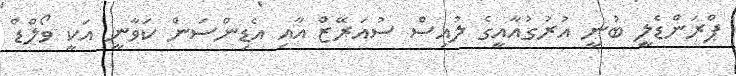
ޕްރަންޑެލީ ބުނީ އުރުގުއާއީގެ ލުއިސް ސުއަރޭޒް އާއި އެޑިންސަން ކަވާނީ އަކީ ވޯލްޑް